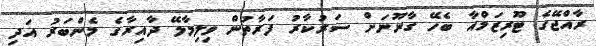
ރާއްޖޭގެ ޓޫރިޒަމްއާ ބެހޭ ގާނޫނަށް ސަރުކާރު ފަރާތުން ވިލިމާލޭ ދާއިރާގެ މެންބަރު އަދި